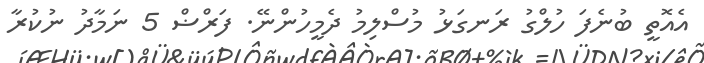
އެއޮތީ ބުނެފަ ހުލްގު ރަނގަޅު މުސްލިމު ދެމީހުންނޭ. ފަރްޟް 5 ނަމާދު ނުކުރާ